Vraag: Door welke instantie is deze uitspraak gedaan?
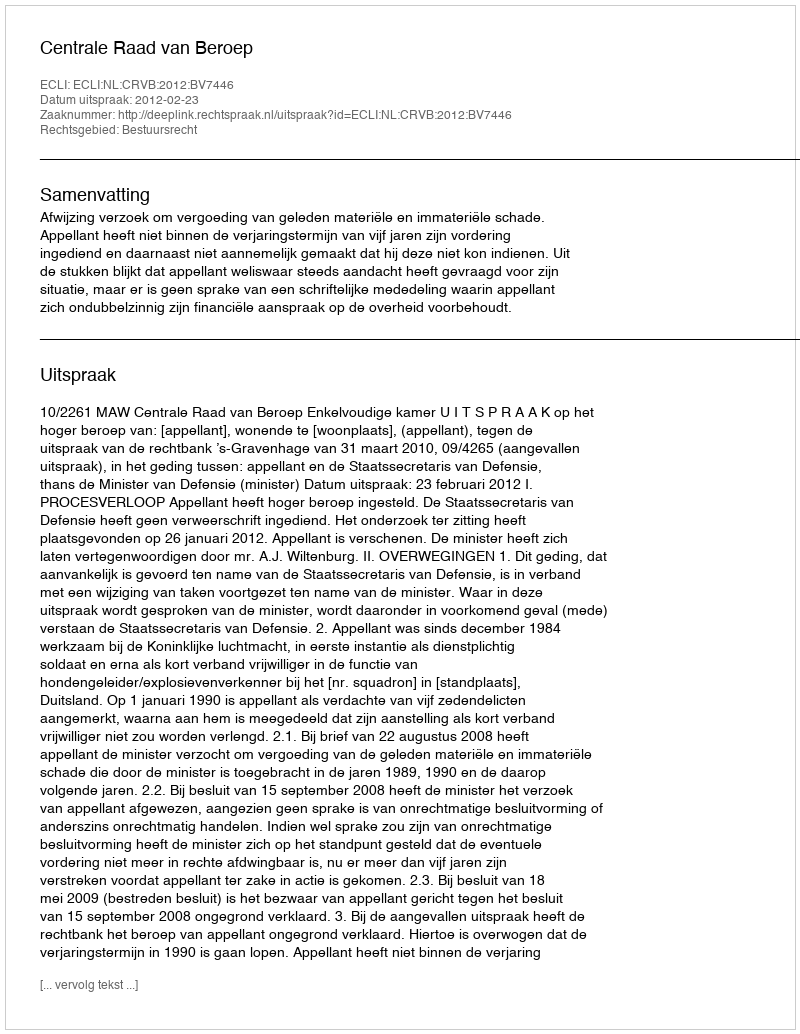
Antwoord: Centrale Raad van Beroep